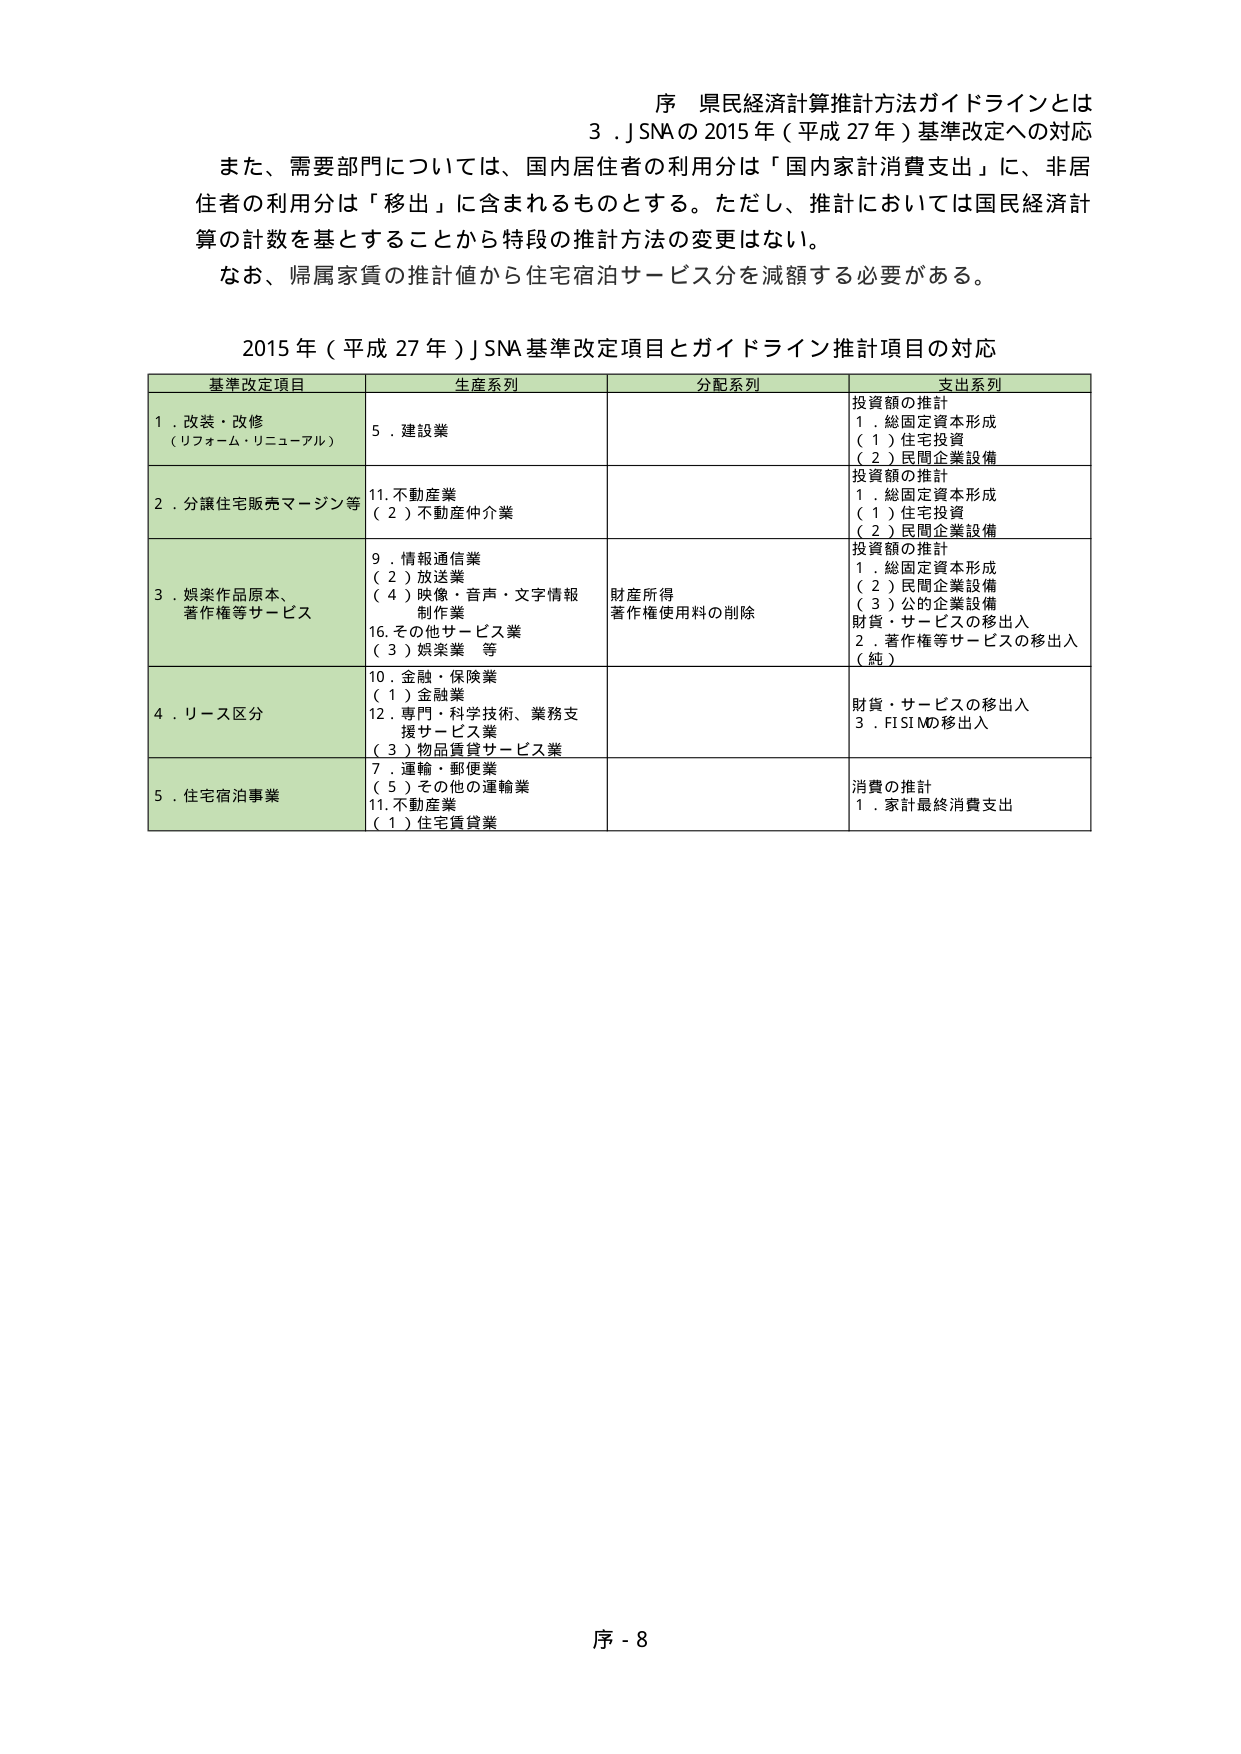
序 県民経済計算推計方法ガイドラインとは
3．SNAの2015年（平成27年）基準改定への対応

また、需要部門については、国内居住者の利用分は「国内家計消費支出」に、非居住者の利用分は「移出」に含まれるものとする。ただし、推計においては国民経済計算の計数を基とすることから特段の推計方法の変更はない。
なお、帰属家賃の推計値から住宅宿泊サービス分を減額する必要がある。

2015年（平成27年）SNA基準改定項目とガイドライン推計項目の対応

| 基準改定項目 | 生産系列 | 分配系列 | 支出系列 |
|--------------|----------|----------|----------|
| 1．改装・改修<br>（リフォーム・リニューアル） | 5．建設業 | | 投資額の推計<br>1．総固定資本形成<br>（1）住宅投資<br>（2）民間企業設備 |
| 2．分譲住宅販売マージン等 | 11．不動産業<br>（2）不動産仲介業 | | 投資額の推計<br>1．総固定資本形成<br>（1）住宅投資<br>（2）民間企業設備 |
| 3．娯楽作品原本、<br>著作権等サービス | 9．情報通信業<br>（2）放送業<br>（4）映像・音声・文字情報<br>制作業<br>16．その他サービス業<br>（3）娯楽業 等 | 財産所得<br>著作権使用料の削除 | 投資額の推計<br>1．総固定資本形成<br>（2）民間企業設備<br>（3）公的企業設備<br>財貨・サービスの移出入<br>2．著作権等サービスの移出入<br>（純） |
| 4．リース区分 | 10．金融・保険業<br>（1）金融業<br>12．専門・科学技術、業務支援サービス業<br>（3）物品賃貸サービス業 | | 財貨・サービスの移出入<br>3．FISIMの移出入 |
| 5．住宅宿泊事業 | 7．運輸・郵便業<br>（5）その他の運輸業<br>11．不動産業<br>（1）住宅賃貸業 | | 消費の推計<br>1．家計最終消費支出 |

序 - 8